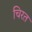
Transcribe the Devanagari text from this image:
चिरत